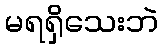
မရရှိသေးဘဲ